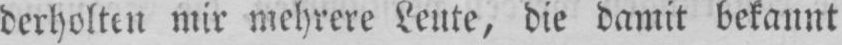
derholten mir mehrere Leute, die damit bekannt